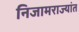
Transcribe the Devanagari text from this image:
निजामराज्यांत